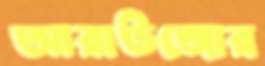
আরাউজোর